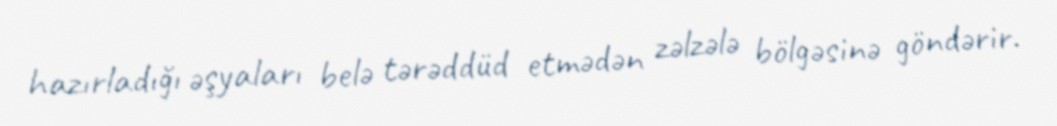
hazırladığı əşyaları belə tərəddüd etmədən zəlzələ bölgəsinə göndərir.